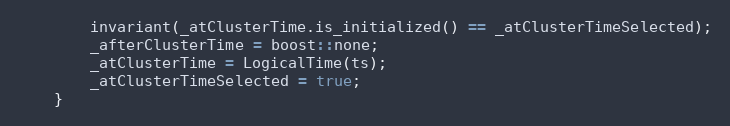
Language: C
        invariant(_atClusterTime.is_initialized() == _atClusterTimeSelected);
        _afterClusterTime = boost::none;
        _atClusterTime = LogicalTime(ts);
        _atClusterTimeSelected = true;
    }